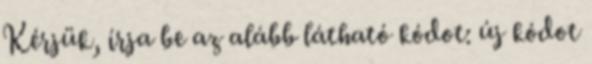
Kérjük, írja be az alább látható kódot: új kódot